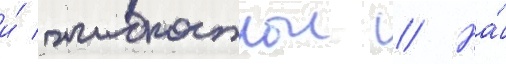
и́ жидкостнои // На́